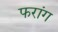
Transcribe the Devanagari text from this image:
फरांग